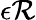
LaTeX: \epsilon\mathcal{R}